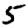
Digit: 5